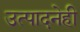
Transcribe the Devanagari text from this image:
उत्पादनेही